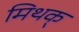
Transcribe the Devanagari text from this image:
मिथक्